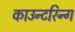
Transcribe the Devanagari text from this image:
काउन्टरिन्ग